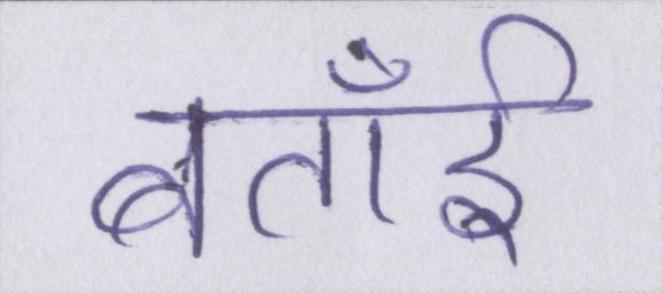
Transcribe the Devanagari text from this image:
बताईँ